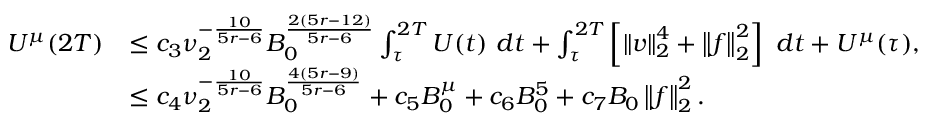
\begin{array} { r l } { U ^ { \mu } ( 2 T ) } & { \leq c _ { 3 } \nu _ { 2 } ^ { - \frac { 1 0 } { 5 r - 6 } } B _ { 0 } ^ { \frac { 2 ( 5 r - 1 2 ) } { 5 r - 6 } } \int _ { \tau } ^ { 2 T } U ( t ) \ d t + \int _ { \tau } ^ { 2 T } \left[ \left\lVert \boldsymbol { v } \right\rVert _ { 2 } ^ { 4 } + \left\lVert \boldsymbol { f } \right\rVert _ { 2 } ^ { 2 } \right] \ d t + U ^ { \mu } ( \tau ) , } \\ & { \leq c _ { 4 } \nu _ { 2 } ^ { - \frac { 1 0 } { 5 r - 6 } } B _ { 0 } ^ { \frac { 4 ( 5 r - 9 ) } { 5 r - 6 } } + c _ { 5 } B _ { 0 } ^ { \mu } + c _ { 6 } B _ { 0 } ^ { 5 } + c _ { 7 } B _ { 0 } \left\lVert \boldsymbol { f } \right\rVert _ { 2 } ^ { 2 } . } \end{array}